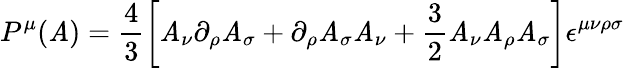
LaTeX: P^{\mu}({\cal\mathit{A}})=\frac{{4}}{{3}}\left[{\cal\mathit{A}}_{\nu}\partial_{\rho}{\cal\mathit{A}}_{\sigma}+\partial_{\rho}{\cal\mathit{A}}_{\sigma}{\cal\mathit{A}}_{\nu}+\frac{{3}}{{2}}{\cal\mathit{A}}_{\nu}{\cal\mathit{A}}_{\rho}{\cal\mathit{A}}_{\sigma}\right]\epsilon^{\mu\nu\rho\sigma}